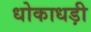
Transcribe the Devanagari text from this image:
धोकाधड़ी